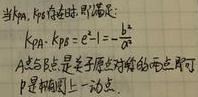
当\(k_{PA},k_{PB}\)存在时，需满足：
\[k_{PA}\cdot k_{PB}=e^{2}-1 =-\frac {b^{2}}{a^{2}}\]
\(A\)、\(B\)是关于原点对称的两点即可。